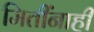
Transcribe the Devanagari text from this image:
मितींनाही